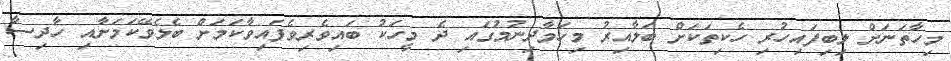
މިހާތަނަށް ލިބިފައިހުރި ހެކިތަކަށް ބަލާއިރު މިހަމާދިނުމުގައި ދެ މީހަކު ބައިވެރިވެފައިވާކަމަށް ބެލެވޭކަމަށާއި ހާދިސާ